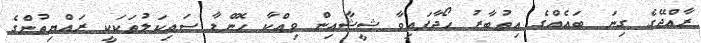
ރާއްޖޭގެ ގިނަ ބައެއްގެ އިތުބާރު ހޯދާފައިވާ ޝީޝާއިން ވިއްކާ ހޮންޑާ ސައިކަލުތަކަކީ ރައްޔިތުންގެ